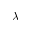
\lambda